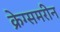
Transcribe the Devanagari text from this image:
क्रेग्समरीन